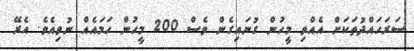
ސަރަހައްދުތަކަށް އެއްވި މީހުން ގުނައިގެން ވެސް 200 މީހުން ހަމައެއް ނުވިއެވެ. އެރޭ